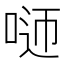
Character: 𠴴